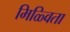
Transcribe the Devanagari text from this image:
मिळ्विता